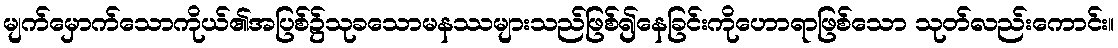
မျက်မှောက်သောကိုယ်၏အပြစ်၌သုခသောမနဿများသည်ဖြစ်၍နေခြင်းကိုဟောရာဖြစ်သော သုတ်လည်းကောင်း။